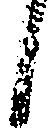
候